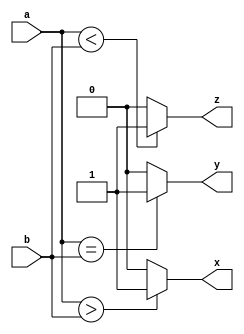
module comparator_4bit(a, b, x, y, z);

input [3:0] a, b;

output x, y, z;

wire x, y, z;

// x : A>B case
assign x = (a > b) ? 1'b1 : 1'b0;

// y : A=B case
assign y = (a == b) ? 1'b1 : 1'b0;

// z : A<B case
assign z = (a < b) ? 1'b1 : 1'b0;


endmodule